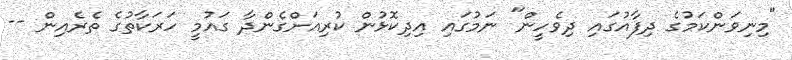
"މިނިވަންކަމުގެ ދިފާއުގައި ދިވެހީން" ނަމުގައި އިދިކޮޅުން ކުރިއަށްގެންދާ ގައުމީ ހަރަކާތުގެ ތެރެއިން --